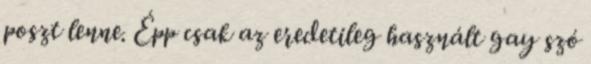
poszt lenne. Épp csak az eredetileg használt gay szó